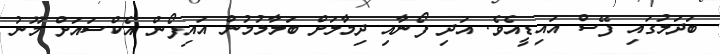
ބަދަލުގައި ފޭސް އައިޑީއެވެ. އަދި ފޯނާއި ދިމާލަށް ބަލާލުމުން އައިފޯން އެކްސައަށް މޫނު